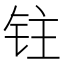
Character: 𰽯